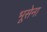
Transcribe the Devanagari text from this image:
भूसेना